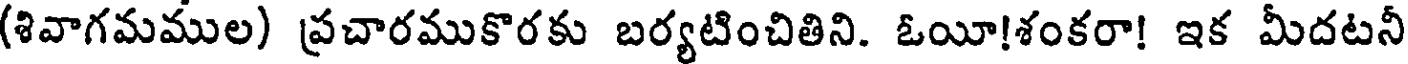
(శివాగమముల) ప్రచారముకొరకు బర్యటించితిని. ఓయీ!శంకరా! ఇక మీదటనీ